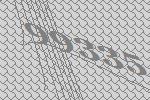
99335